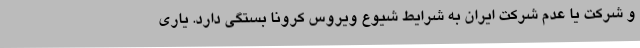
و شرکت یا عدم شرکت ایران به شرایط شیوع ویروس کرونا بستگی دارد. یاری